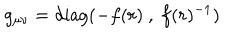
g _ { \mu \nu } = \mathrm { d i a g } ( - f ( r ) \ , \ f ( r ) ^ { - 1 } )